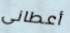
أعطانى